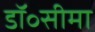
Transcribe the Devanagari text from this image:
डॉ॰सीमा